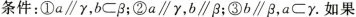
条件： $$: \circled{3}a// \gamma ,b \subset \beta ; \circled{2}a// \gamma ,b// \beta ; \circled{3}b// \beta ,a \subset \gamma$$ 。如果